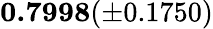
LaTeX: \mathbf{0.7998}(\pm 0.1750)